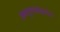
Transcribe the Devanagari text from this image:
अनएक्स्पेक्टेड